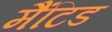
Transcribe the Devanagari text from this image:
मैंटिड